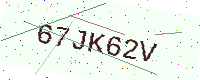
Text: 67JK62V